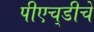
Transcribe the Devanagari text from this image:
पीएच्‌डीचे